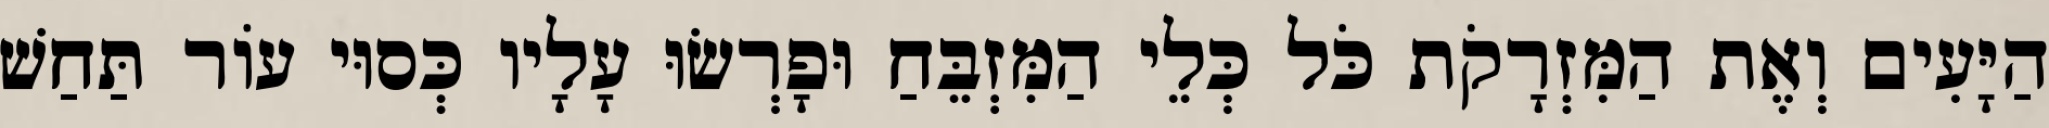
הַיָּעִים וְאֶת הַמִּזְרָקֹת כֹּל כְּלֵי הַמִּזְבֵּחַ וּפָרְשׂוּ עָלָיו כְּסוּי עוֹר תַּחַשׁ